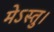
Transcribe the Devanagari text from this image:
मेऽस्तु।